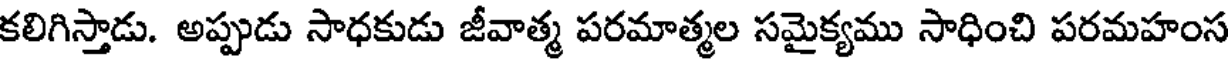
కలిగిస్తాడు. అప్పుడు సాధకుడు జీవాత్మ పరమాత్మల సమైక్యము సాధించి పరమహంస